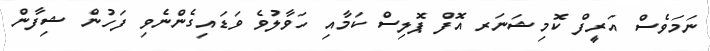
ނަމަވެސް އަރީފް ކޮމިޝަނަރ އޮފް ޕޮލިސް ކަމާއި ހަވާލުވެ ވަޑައިގެންނެވި ފަހުން ޝިފާން